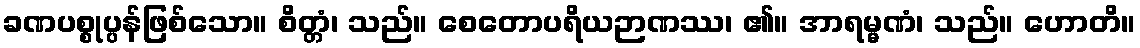
ခဏပစ္စုပ္ပန်ဖြစ်သော။ စိတ္တံ၊ သည်။ စေတောပရိယဉာဏဿ၊ ၏။ အာရမ္မဏံ၊ သည်။ ဟောတိ။